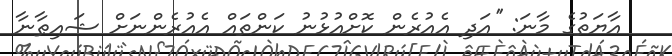
އާޔަތުގެ މާނަ: ''އަދި އެއުރެން ކޮށްއުޅުނު ކަންތައް އެއުރެންނަށް ޝައިޠާނާ